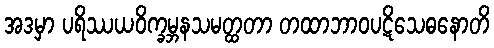
အဒမှာ ပရိဿယဝိက္ခမ္ဘနသမတ္ထတာ တထာဘာဝပဋိသေဓနောတိ